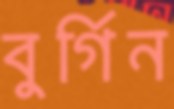
বুর্গিন